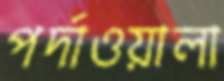
পর্দাওয়ালা